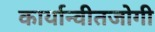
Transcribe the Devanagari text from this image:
कार्यान्वीतजोगी